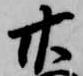
廿